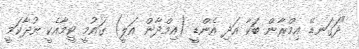
"ދަގަނޑޭ އިމްރާން ބަކާ އަދި އެންޑީ (އިމްދާން އަލީ) ގައުމީ ޓީމާއެކީ ނުދާކަމީ